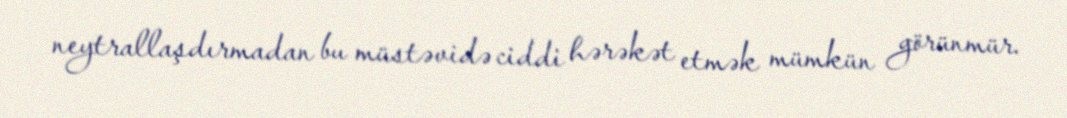
neytrallaşdırmadan bu müstəvidə ciddi hərəkət etmək mümkün görünmür.